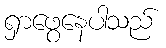
ရှာဖွေနေပါသည်